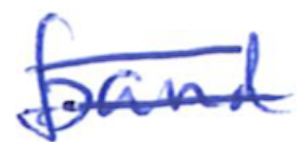
Text: band
Cross-out: double-line
Writing tool: ballpoint